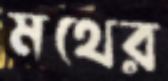
মথের